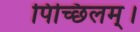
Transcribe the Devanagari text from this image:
पिच्छिलम्।